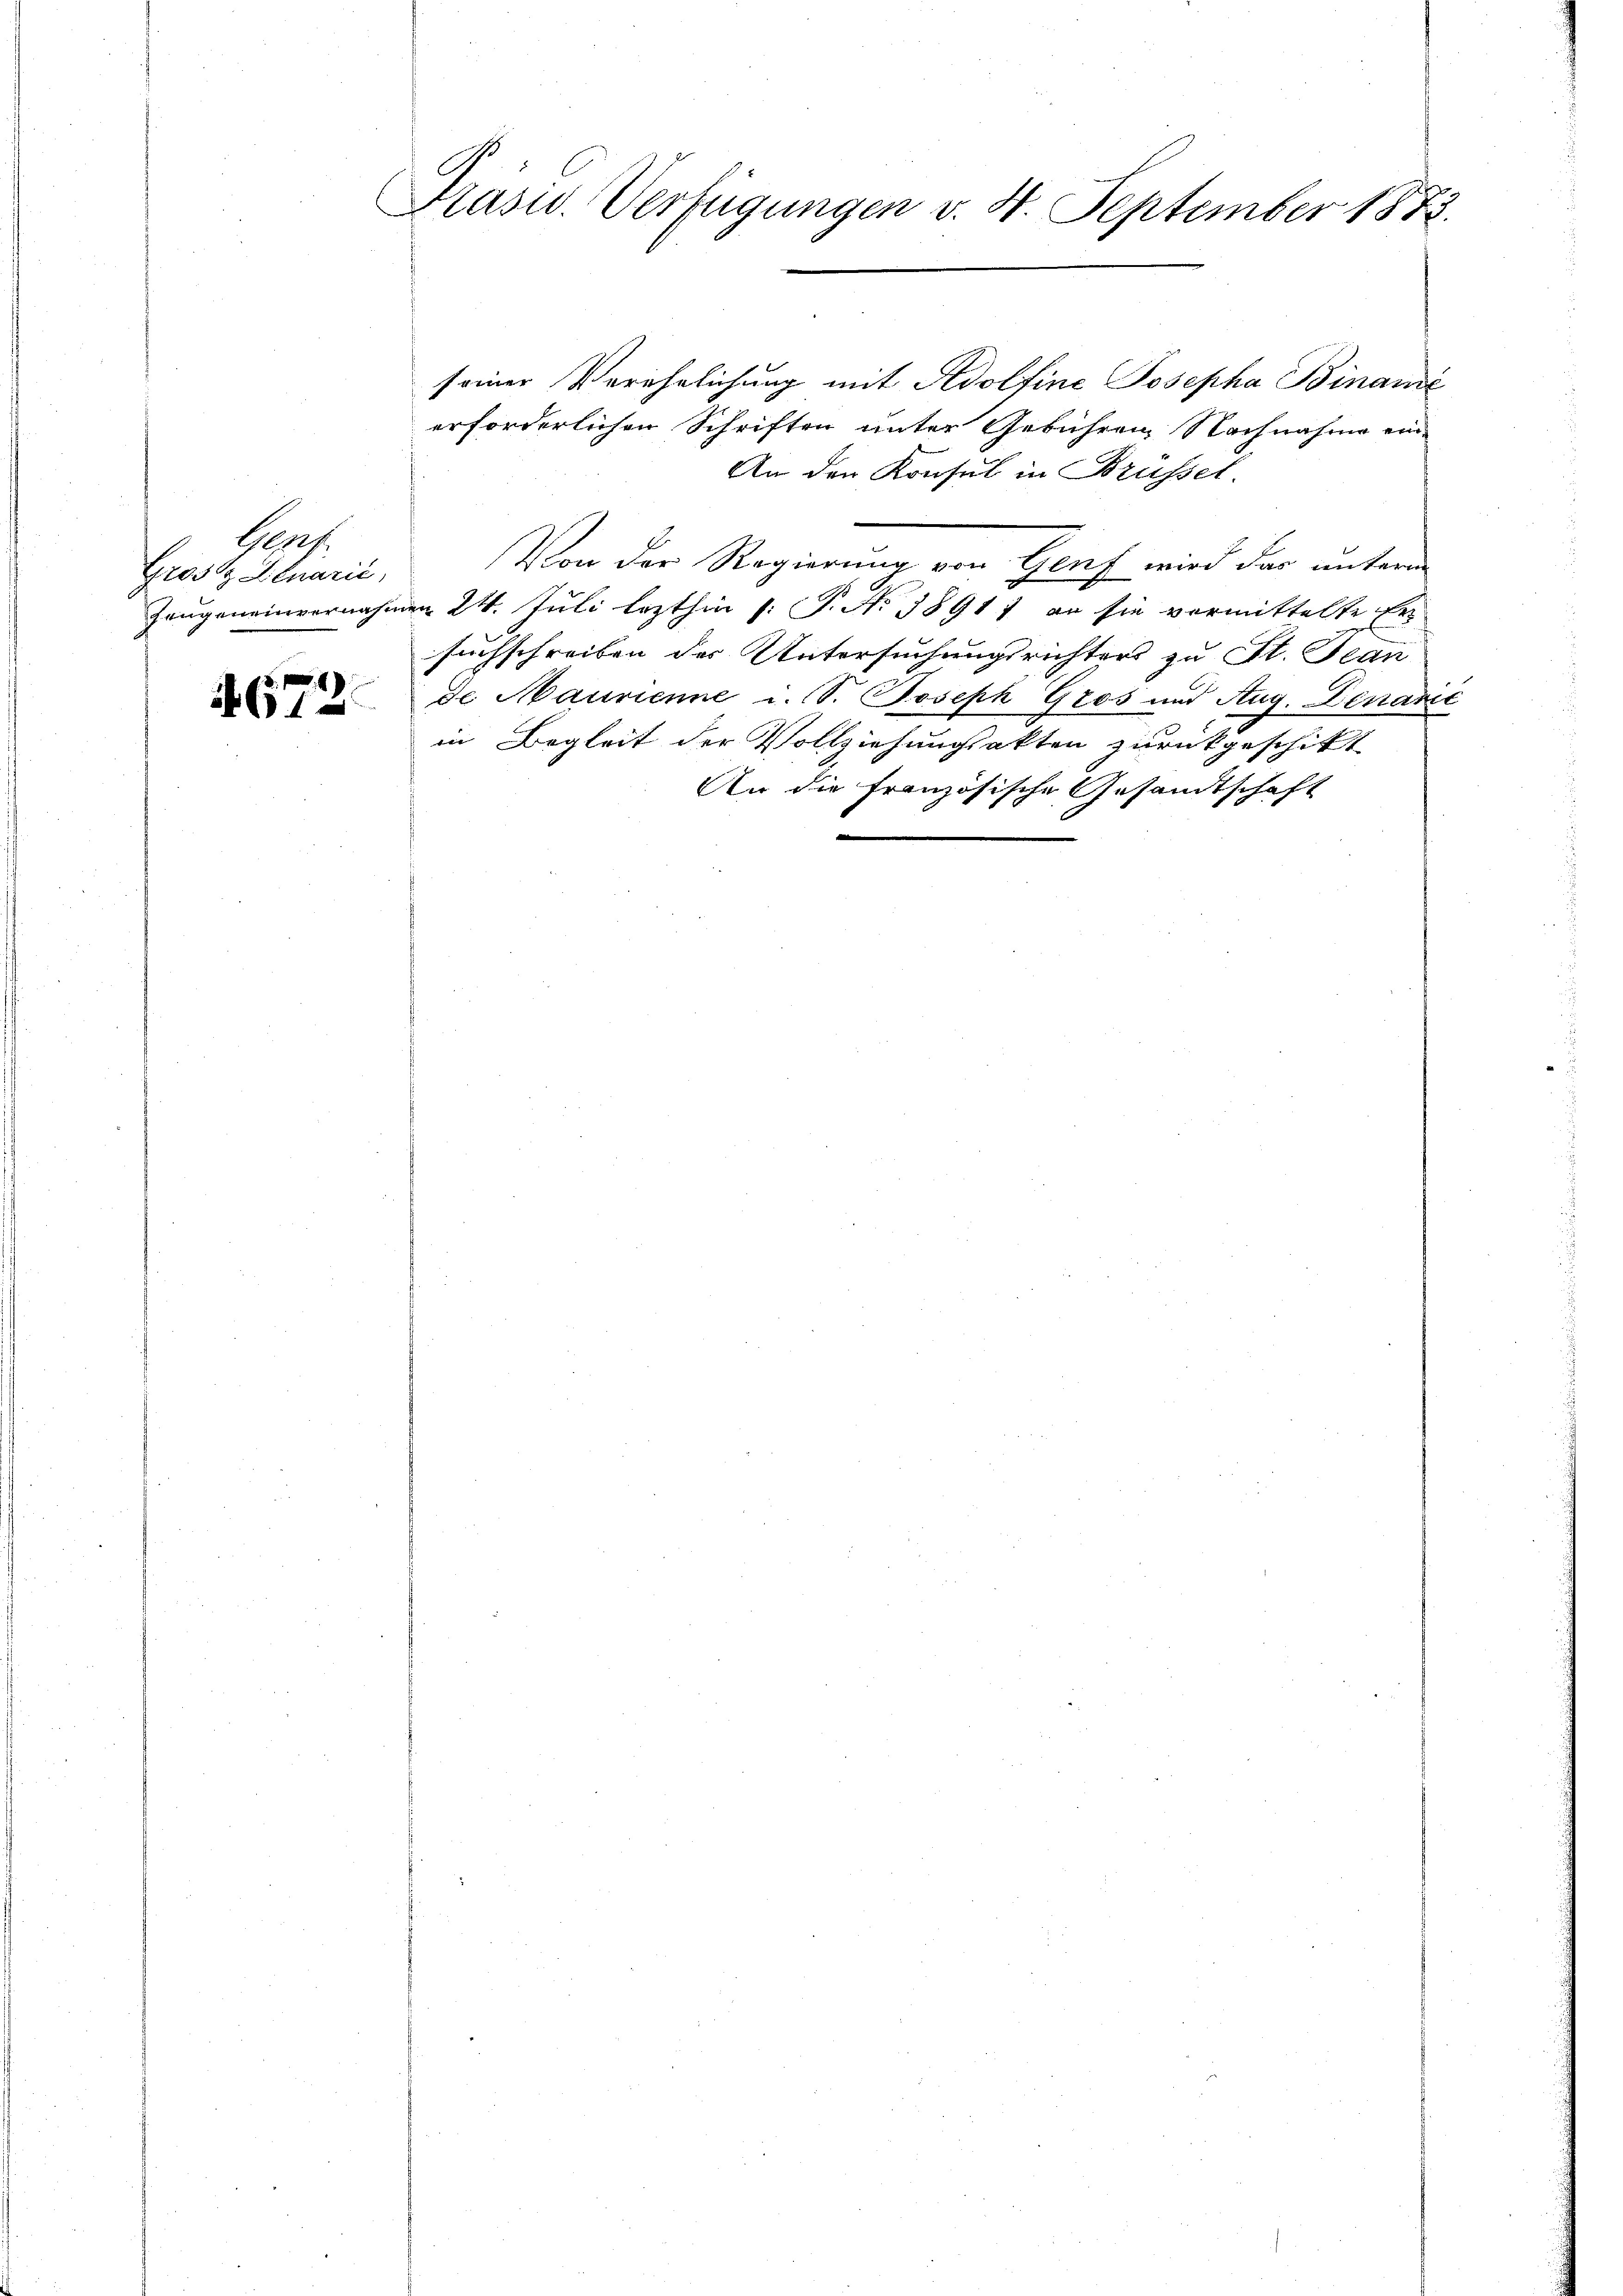
Gept.
Grosz Lluarić,

4672.

Prasis. Verfügungen v. 4. September 1873.

seiner Verehrlichung mit Adolfine Josepha Binande
erforderlichen Schriften unter Gebühren Nachnahme ein-
An den Konsul in Brüssel.
Von der Regierung von Genf wird dar unterm
Zeugeneinvernahmen 24. Juli lezthin (: P. No 38911 en sie vormittelte Er
suchschreiben der Untersuchungsrichters zu St. Jean
de Maurienne i. S. Joseph Gros und Aug. Denarie
in Begleit der Vollziehungsakten zurückgeschikt
An die französische Gesandtschaft
|